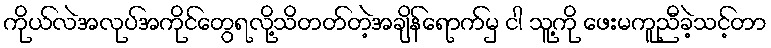
ကိုယ်လဲအလုပ်အကိုင်တွေရလို့သိတတ်တဲ့အချိန်ရောက်မှ ငါ သူ့ကို ဖေးမကူညီခဲ့သင့်တာ